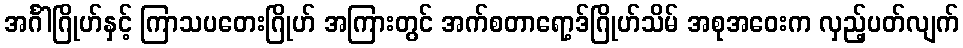
အင်္ဂါဂြိုဟ်နှင့် ကြာသပတေးဂြိုဟ် အကြားတွင် အက်စတာရော့ဒ်ဂြိုဟ်သိမ် အစုအဝေးက လှည့်ပတ်လျက်